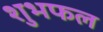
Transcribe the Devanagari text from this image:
शुभफल